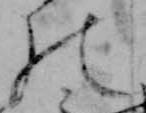
の